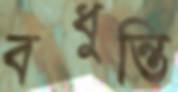
বধুন্তি